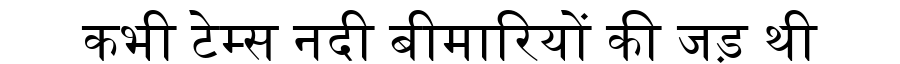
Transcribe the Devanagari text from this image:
कभी टेम्स नदी बीमारियों की जड़ थी